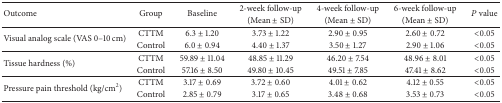
<table><thead><tr><td rowspan="2"><b>Outcome</b></td><td rowspan="2"><b>Group</b></td><td rowspan="2"><b>Baseline</b></td><td><b>2-week follow-up</b></td><td><b>4-week follow-up</b></td><td><b>6-week follow-up</b></td><td rowspan="2"><b><i>P</i> value</b></td></tr><tr><td><b>(Mean ± SD)</b></td><td><b>(Mean ± SD) </b></td><td><b>(Mean ± SD) </b></td></tr></thead><tbody><tr><td rowspan="2">Visual analog scale (VAS 0–10 cm)</td><td>CTTM</td><td>6.3 ± 1.20</td><td>3.73 ± 1.22</td><td>2.90 ± 0.95</td><td>2.60 ± 0.72</td><td>&lt;0.05</td></tr><tr><td>Control</td><td>6.0 ± 0.94</td><td>4.40 ± 1.37</td><td>3.50 ± 1.27</td><td>2.90 ± 1.06</td><td>&lt;0.05</td></tr><tr><td rowspan="2">Tissue hardness (%)</td><td>CTTM</td><td>59.89 ± 11.04</td><td>48.85 ± 11.29</td><td>46.20 ± 7.54</td><td>48.96 ± 8.01</td><td>&lt;0.05</td></tr><tr><td>Control</td><td>57.16 ± 8.50</td><td>49.80 ± 10.45</td><td>49.51 ± 7.85</td><td>47.41 ± 8.62</td><td>&lt;0.05</td></tr><tr><td rowspan="2">Pressure pain threshold (kg/cm<sup>2</sup>)</td><td>CTTM</td><td>3.17 ± 0.69</td><td>3.72 ± 0.60</td><td>4.01 ± 0.62</td><td>4.12 ± 0.55</td><td>&lt;0.05</td></tr><tr><td>Control</td><td>2.85 ± 0.79</td><td>3.17 ± 0.65</td><td>3.48 ± 0.68</td><td>3.53 ± 0.73</td><td>&lt;0.05</td></tr></tbody></table>